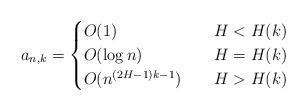
LaTeX: \begin{align*} a_{n,k}&= \begin{cases} O(1) \quad& H< H(k) \\ O(\log n) \quad& H= H(k) \\ O(n^{(2H-1)k-1}) \quad& H> H(k) \end{cases} \end{align*}